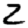
Digit: 2